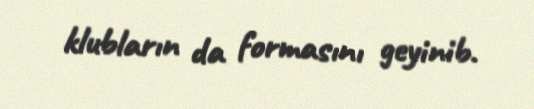
klubların da formasını geyinib.